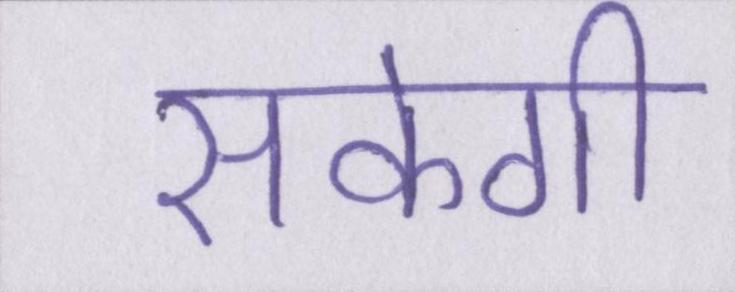
सकेगी